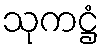
သုကဋ္ဌံ